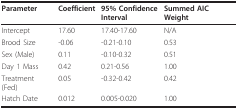
| Parameter | Coefficient | 95% Confidence Interval | Summed AIC Weight |
 | --- | --- | --- | --- |
 | Intercept | 17.60 | 17.40-17.60 | N/A |
 | Brood Size | -0.06 | -0.21-0.10 | 0.53 |
 | Sex (Male) | 0.11 | -0.10-0.32 | 0.51 |
 | Day 1 Mass | 0.42 | 0.21-0.56 | 1.00 |
 | Treatment (Fed) | 0.05 | -0.32-0.42 | 0.42 |
 | Hatch Date | 0.012 | 0.005-0.020 | 1.00 |